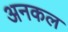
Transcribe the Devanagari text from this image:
अनकल